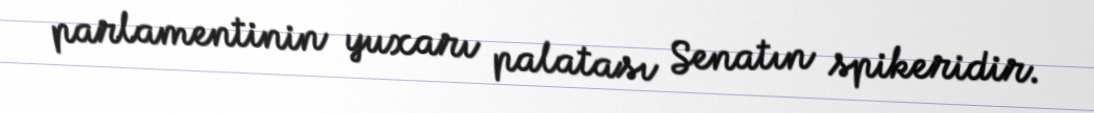
parlamentinin yuxarı palatası Senatın spikeridir.